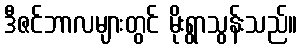
ဒီဇင်ဘာလများတွင် မိုးရွာသွန်းသည်။